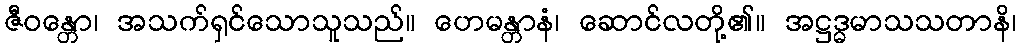
ဇီဝန္တော၊ အသက်ရှင်သောသူသည်။ ဟေမန္တာနံ၊ ဆောင်လတို့၏။ အဋ္ဌဒ္ဓမာသသတာနိ၊